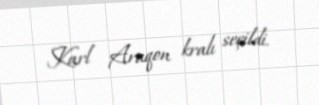
Karl Araqon kralı seçildi.